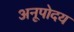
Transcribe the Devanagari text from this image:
अनूपोदय